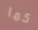
كما